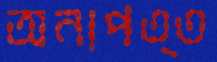
অনাপত্ত